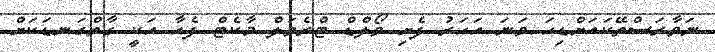
ނަވާރަސްތޭކައަށްޑިހަ ވަނަ އަހަރު ފެށި ވޯލްޑް ޓްރެވަލް މާކެޓް ފެއާ އަކީ ގާތްގަނޑަކަށް